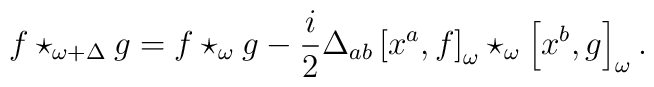
f\star _{\omega +\Delta }g=f\star _{\omega }g-\frac{i}{2}\Delta _{ab}\left[x^{a},f\right] _{\omega }\star _{\omega }\left[ x^{b},g\right] _{\omega }.